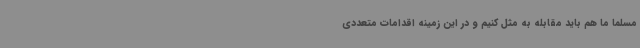
مسلماً ما هم باید مقابله به مثل کنیم و در این زمینه اقدامات متعددی